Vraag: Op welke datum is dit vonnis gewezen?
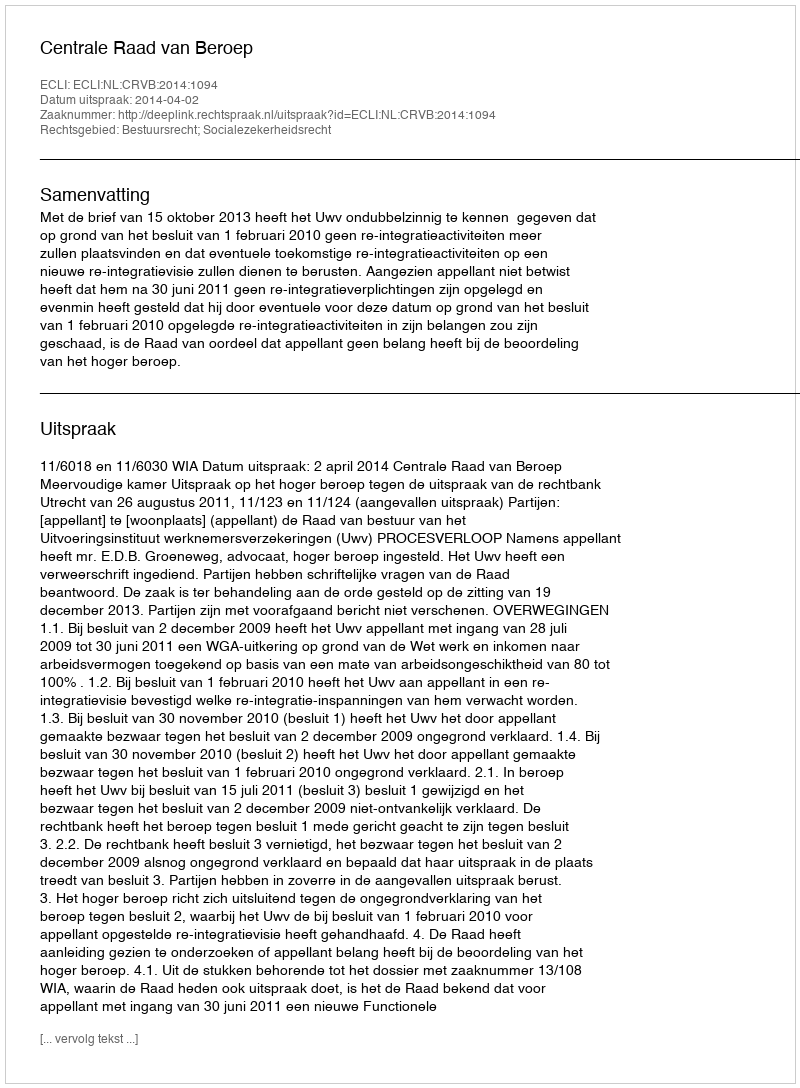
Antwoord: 2014-04-02